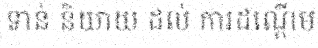
ទាន់ និយាយ ដល់ ការដណ្តើម